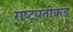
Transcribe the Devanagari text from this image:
राष्ट्रपतीकडे